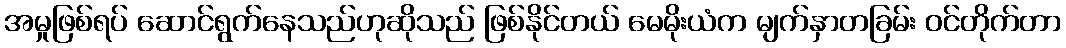
အမှုဖြစ်ရပ် ဆောင်ရွက်နေသည်ဟုဆိုသည် ဖြစ်နိုင်တယ် မေမိုးယံက မျက်နှာတခြမ်း ဝင်တိုက်တာ